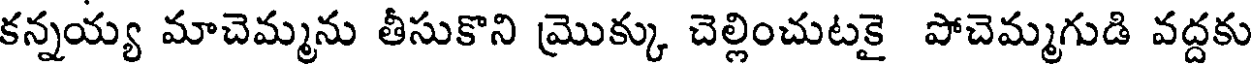
కన్నయ్య మాచెమ్మను తీసుకొని మొక్కు చెల్లించుటకై పోచెమ్మగుడి వద్దకు